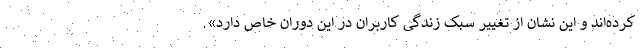
کرده‌اند و این نشان از تغییر سبک زندگی کاربران در این دوران خاص دارد».